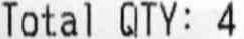
TOTAL QTY: 4